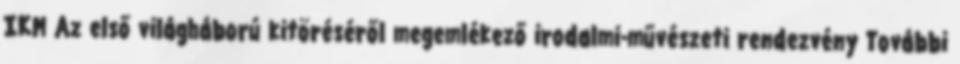
IKM Az első világháború kitöréséről megemlékező irodalmi-művészeti rendezvény További